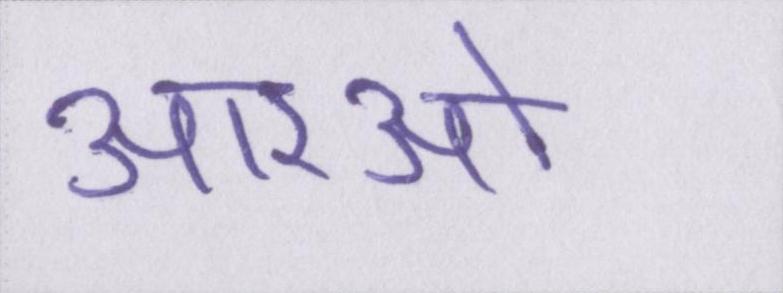
आरओ